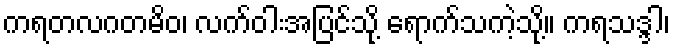
ကရတလဂတမိဝ၊ လက်ဝါးအပြင်သို့ ရောက်သကဲ့သို့။ ကရသဒ္ဒါ၊